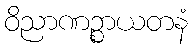
ဝိညာဏဉ္စာယတနံ